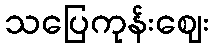
သပြေကုန်းဈေး